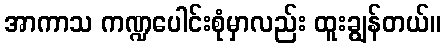
အာကာသ ကဏ္ဍပေါင်းစုံမှာလည်း ထူးချွန်တယ်။